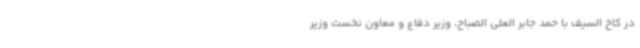
در کاخ السیف با حمد جابر العلی الصباح، وزیر دفاع و معاون نخست وزیر